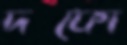
দফো